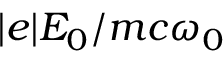
| e | E _ { 0 } / m c \omega _ { 0 }